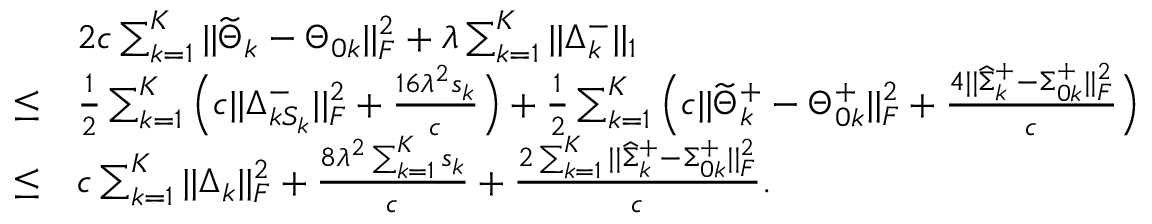
\begin{array} { r l } & { 2 c \sum _ { k = 1 } ^ { K } | | \widetilde { \Theta } _ { k } - \Theta _ { 0 k } | | _ { F } ^ { 2 } + \lambda \sum _ { k = 1 } ^ { K } | | \Delta _ { k } ^ { - } | | _ { 1 } } \\ { \leq } & { \frac { 1 } { 2 } \sum _ { k = 1 } ^ { K } \Big ( c | | \Delta _ { k S _ { k } } ^ { - } | | _ { F } ^ { 2 } + \frac { 1 6 \lambda ^ { 2 } s _ { k } } { c } \Big ) + \frac { 1 } { 2 } \sum _ { k = 1 } ^ { K } \Big ( c | | \widetilde { \Theta } _ { k } ^ { + } - \Theta _ { 0 k } ^ { + } | | _ { F } ^ { 2 } + \frac { 4 | | \widehat { \Sigma } _ { k } ^ { + } - \Sigma _ { 0 k } ^ { + } | | _ { F } ^ { 2 } } { c } \Big ) } \\ { \leq } & { c \sum _ { k = 1 } ^ { K } | | \Delta _ { k } | | _ { F } ^ { 2 } + \frac { 8 \lambda ^ { 2 } \sum _ { k = 1 } ^ { K } s _ { k } } { c } + \frac { 2 \sum _ { k = 1 } ^ { K } | | \widehat { \Sigma } _ { k } ^ { + } - \Sigma _ { 0 k } ^ { + } | | _ { F } ^ { 2 } } { c } . } \end{array}